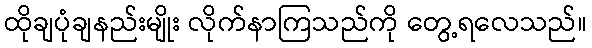
ထိုချပုံချနည်းမျိုး လိုက်နာကြသည်ကို တွေ့ရလေသည်။